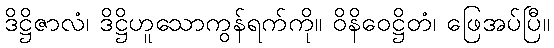
ဒိဋ္ဌိဇာလံ၊ ဒိဋ္ဌိဟူသောကွန်ရက်ကို။ ဝိနိဝေဋ္ဌိတံ၊ ဖြေအပ်ပြီ။